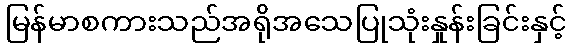
မြန်မာစကားသည်အရိုအသေပြုသုံးနှုန်းခြင်းနှင့်